Leaving Certificate Examination (including Day School Certificate (Higher) General paper), 1930
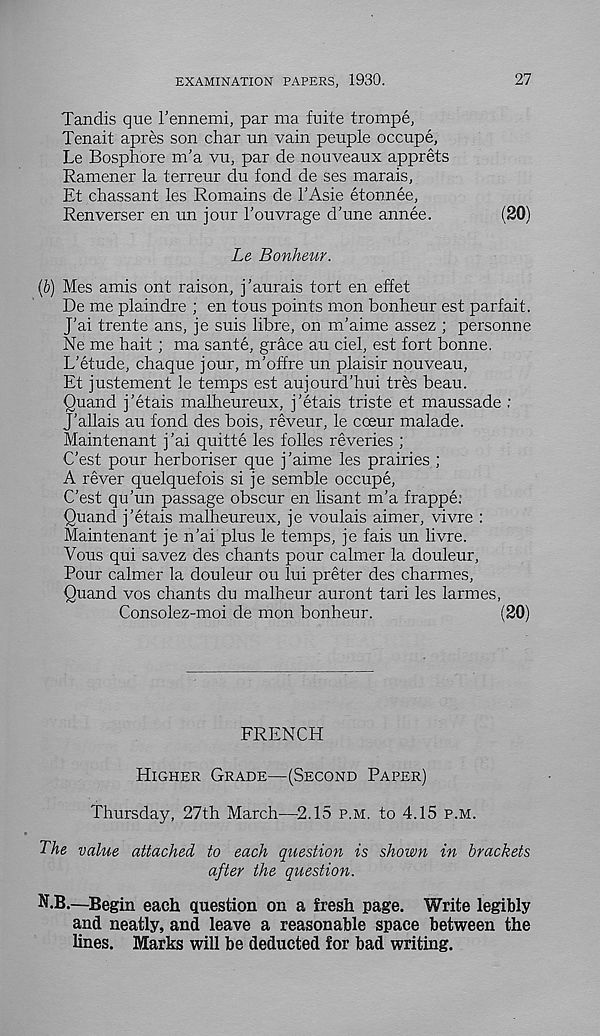
EXAMINATION PAPERS, 1930.
27
Tandis que I’ennemi, par ma fuite trompe,
Tenait apres son char un vain peuple occupe,
Le Bosphore m’a vu, par de nouveaux apprets
Ramener la terreur du fond de ses marais,
Et chassant les Remains de 1’Asie etonnee,
Renverser en un jour 1’ouvrage d'une annee.
(20)
Le Bonhevir.
(b) Mes amis ont raison, j’aurais tort en effet
De me plaindre ; en tous points mon bonheur est parfait.
J’ai trente ans, je suis fibre, on m’aime assez ; personne
Ne me hait ; ma sante, grace au ciel, est fort bonne.
L’etude, chaque jour, m’offre un plaisir nouveau,
Et justement le temps est aujourd’hui tres beau.
Quand j’etais malheureux, j'etais triste et maussade :
J'allais au fond des bois, reveur, le cceur malade.
Maintenant j’ai quitte les folles reveries ;
C’est pour herboriser que j’aime les prairies ;
A rever quelquefois si je semble occupe,
C’est qu’un passage obscur en lisant m’a frappe;
Quand j’etais malheureux, je voulais aimer, vivre :
Maintenant je n’ai plus le temps, je fais un livre.
Vous qui savez des chants pour calmer la douleur,
Pour calmer la douleur ou lui prefer des charmes,
Quand vos chants du malheur auront tari les larmes,
Consolez-moi de mon bonheur.
(20)
FRENCH
HIGHER GRADE—(SECOND PAPER)
Thursday, 27th March—2.15 P.M. to 4.15 P.M.
The value attached to each question is shown in brackets
after the question.
N.B.—Begin each question on a fresh page. Write legibly
and neatly, and leave a reasonable space between the
lines. Marks will be deducted for bad writing.